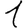
Digit: 1